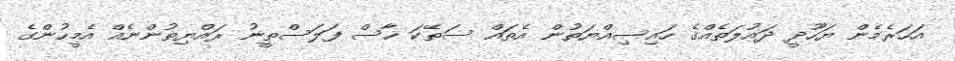
އަހަރެމެން ޔަހޫދީ ދައުލަތެއްގެ ހައިސިއްޔަތުން އެތައް ސަތޭކަ ހާސް ފަލަސްތީނު ރައްޔިތުންނެއް އެމީހުންގެ